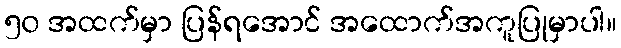
၅၀ အထက်မှာ ပြန်ရအောင် အထောက်အကူပြုမှာပါ။